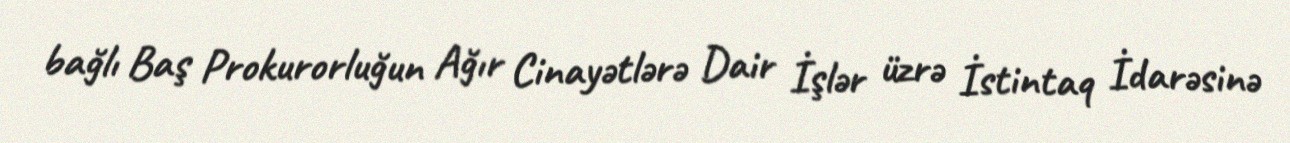
bağlı Baş Prokurorluğun Ağır Cinayətlərə Dair İşlər üzrə İstintaq İdarəsinə